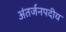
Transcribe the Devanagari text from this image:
अंतर्जनपदीय